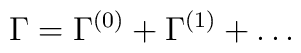
\Gamma = \Gamma^{(0)} + \Gamma^{(1)} + \dots